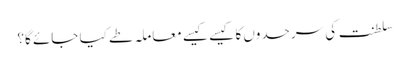
سلطنت کی سرحدوں کا کیسے کیسے معاملہ طے کیا جائے گا؟